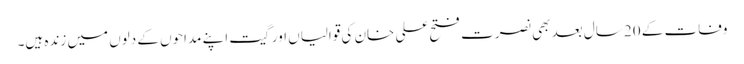
وفات کے 20 سال بعد بھی نصرت فتح علی خان کی قوالیاں اور گیت اپنے مداحوں کے دلوں میں زندہ ہیں۔